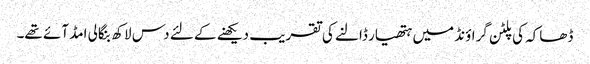
ڈھاکہ کی پلٹن گراؤنڈ میں ہتھیار ڈالنے کی تقریب دیکھنے کے لئے دس لاکھ بنگالی امڈ آئے تھے۔